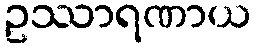
ဥဿာရဏာယ